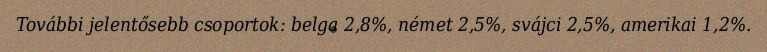
További jelentősebb csoportok: belga 2,8%, német 2,5%, svájci 2,5%, amerikai 1,2%.